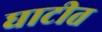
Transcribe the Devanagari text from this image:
घाटीत